Civil Veterinary Department Bihar reports 1940-50 - 1940-1950
Year: 1940
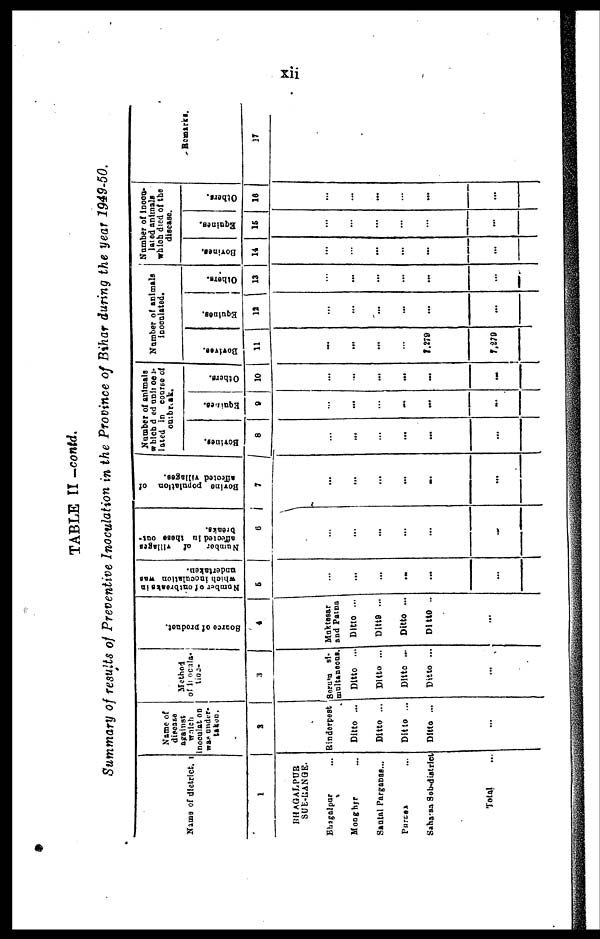
xii
TABLE II -contd.
Summary of results of Preventive Inoculation in the Province of Bihar during the year 1949-50.
Name of district.
1
BHAGALPUR
SUB-RANGE.
Bhagalpur ...
Monghyr ...
Santal Parganas...
Purnea ...
Sahares sub-district
Total ...
Name of
disease
against
which
inoculation
was under-
taken.
2
Rinderpest
Ditto ...
Ditto ...
Ditto ...
Ditto ...
...
Method
of inocula-
tion
3
Serum si-
multancous.
Ditto ...
Ditto ...
Ditto ...
Ditto ...
...
Source of product.
4
Maktesar
and Patna
Ditto ...
Dltt9 ...
Ditto ...
Ditto ..
...
Number
of outbreaks in
which inoculation was
undertaken.
5
...
...
...
...
...
...
Number of villages
affected in these out-
breaks.
6
...
...
...
...
...
...
Bovine
population of
affected villages.
7
...
...
...
...
...
...
Number of animals
which died uninocu-
lated in course of
outbreaks.
Bovines.
8
...
...
...
...
...
...
Equines.
9
...
...
...
...
...
...
Others.
10
...
...
...
...
...
-
Number of animals
inoculated.
Bovines.
11
...
...
...
...
7,279
7,279
Equines.
12
...
...
...
...
...
...
Others.
13
...
...
...
...
...
...
Number of incou-
lated animals
which died of the
disease.
Bovines.
14
...
...
...
...
...
...
Equines.
15
...
...
...
...
...
...
Others.
16
...
...
...
...
...
...
Remarks.
17